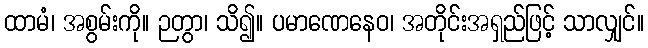
ထာမံ၊ အစွမ်းကို။ ဉတွာ၊ သိ၍။ ပမာဏေနေဝ၊ အတိုင်းအရှည်ဖြင့် သာလျှင်။